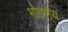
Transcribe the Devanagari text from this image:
भोगतेय